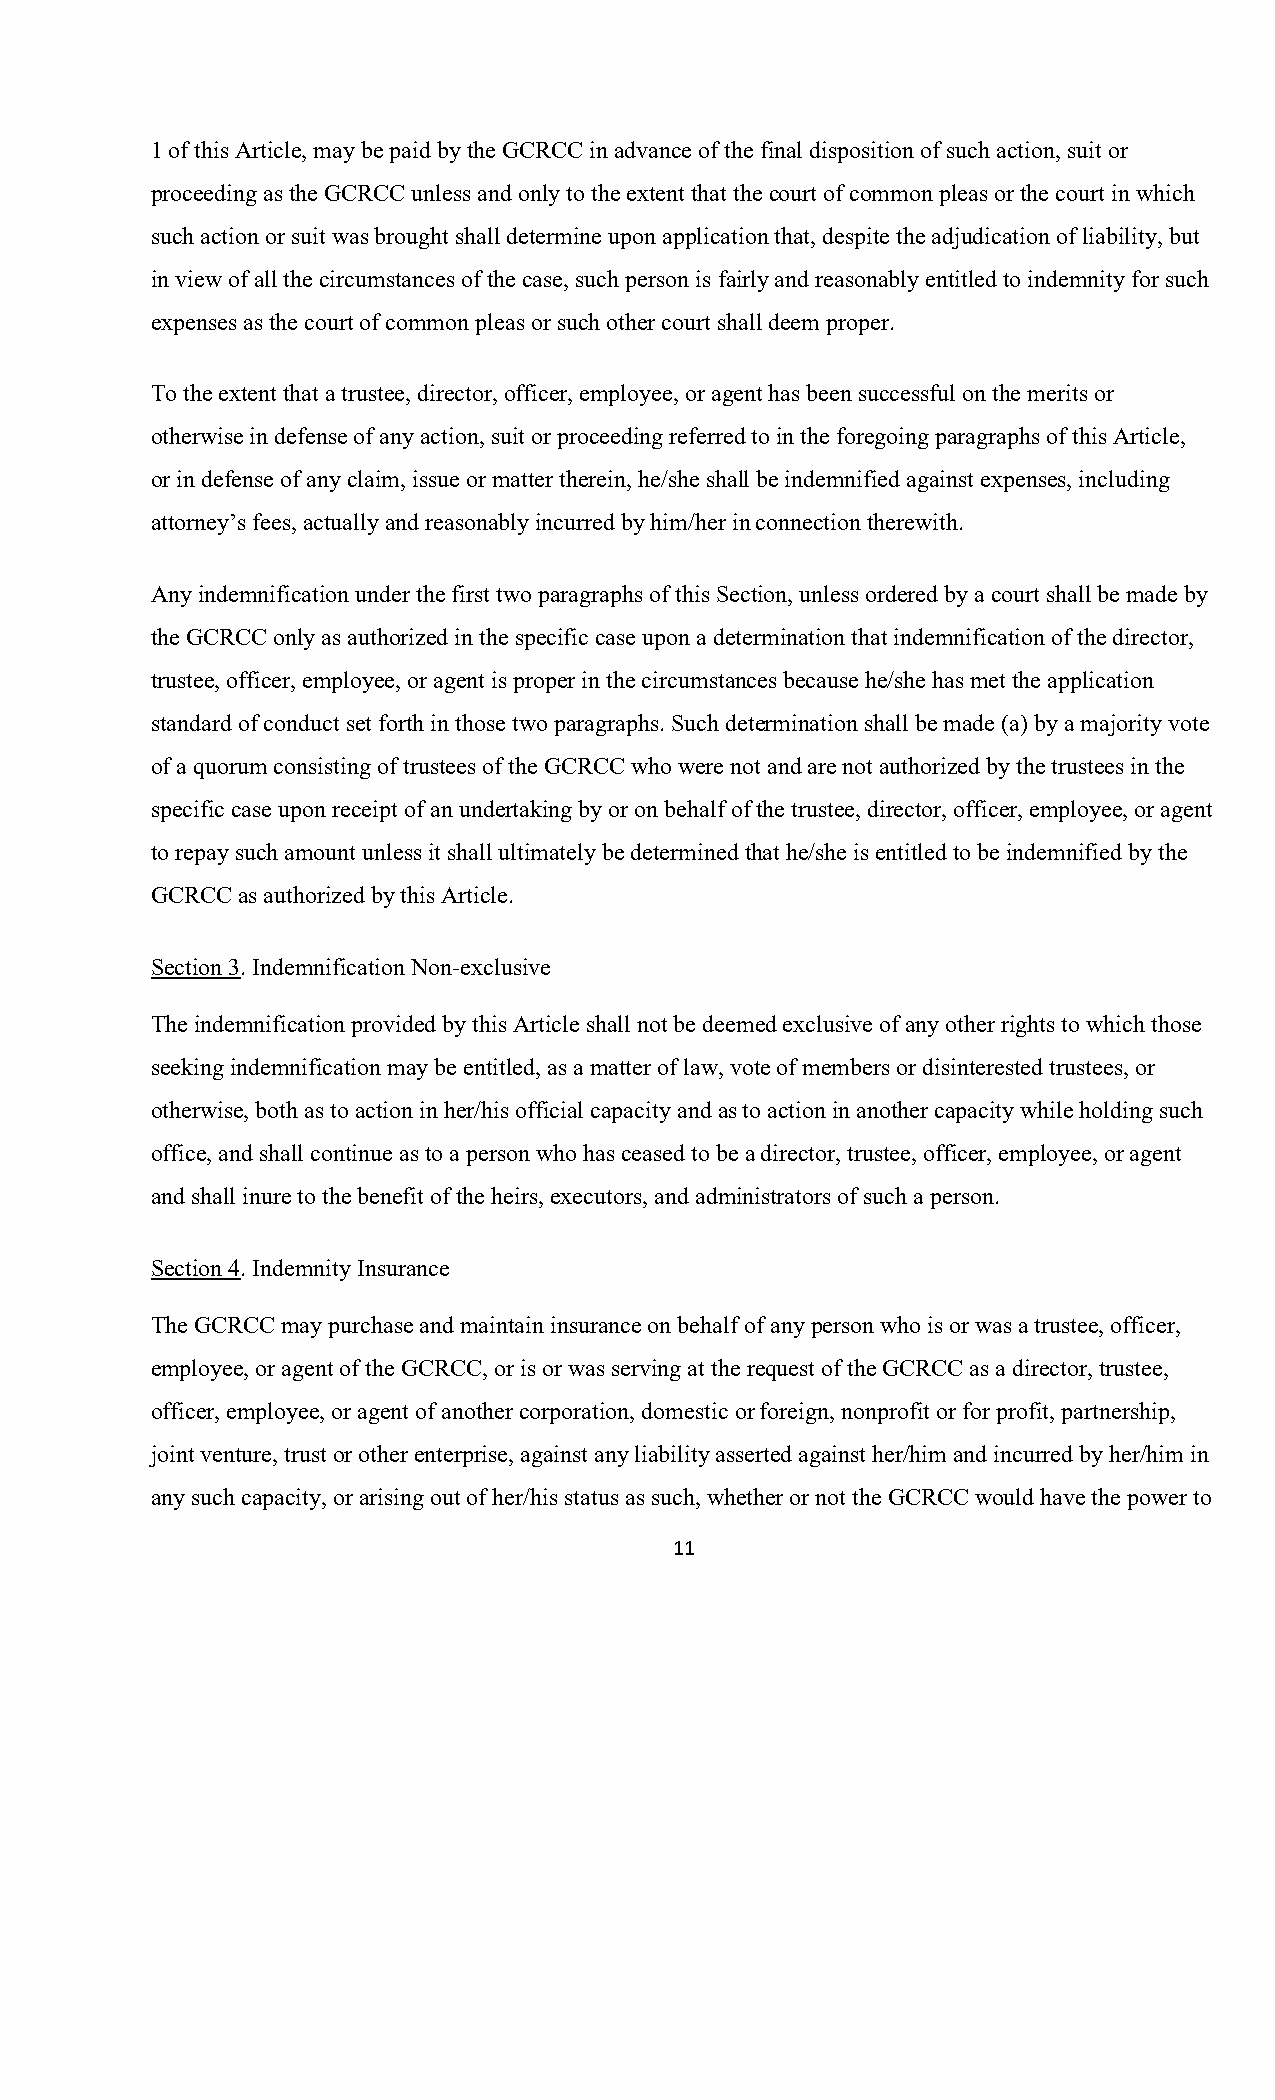
1 of this Article, may be paid by the GCRCC in advance of the final disposition of such action, suit or
 proceeding as the GCRCC unless and only to the extent that the court of common pleas or the court in which
 such action or suit was brought shall determine upon application that, despite the adjudication of liability, but
 in view of all the circumstances of the case, such person is fairly and reasonably entitled to indemnity for such
 expenses as the court of common pleas or such other court shall deem proper.
 To the extent that a trustee, director, officer, employee, or agent has been successful on the merits or
 otherwise in defense of any action, suit or proceeding referred to in the foregoing paragraphs of this Article,
 or in defense of any claim, issue or matter therein, he/she shall be indemnified against expenses, including
 attorney’s fees, actually and reasonably incurred by him/her in connection therewith.
 Any indemnification under the first two paragraphs of this Section, unless ordered by a court shall be made by
 the GCRCC only as authorized in the specific case upon a determination that indemnification of the director,
 trustee, officer, employee, or agent is proper in the circumstances because he/she has met the application
 standard of conduct set forth in those two paragraphs. Such determination shall be made (a) by a majority vote
 of a quorum consisting of trustees of the GCRCC who were not and are not authorized by the trustees in the
 specific case upon receipt of an undertaking by or on behalf of the trustee, director, officer, employee, or agent
 to repay such amount unless it shall ultimately be determined that he/she is entitled to be indemnified by the
 GCRCC as authorized by this Article.
 Section 3. Indemnification Non-exclusive
 The indemnification provided by this Article shall not be deemed exclusive of any other rights to which those
 seeking indemnification may be entitled, as a matter of law, vote of members or disinterested trustees, or
 otherwise, both as to action in her/his official capacity and as to action in another capacity while holding such
 office, and shall continue as to a person who has ceased to be a director, trustee, officer, employee, or agent
 and shall inure to the benefit of the heirs, executors, and administrators of such a person.
 Section 4. Indemnity Insurance
 The GCRCC may purchase and maintain insurance on behalf of any person who is or was a trustee, officer,
 employee, or agent of the GCRCC, or is or was serving at the request of the GCRCC as a director, trustee,
 officer, employee, or agent of another corporation, domestic or foreign, nonprofit or for profit, partnership,
 joint venture, trust or other enterprise, against any liability asserted against her/him and incurred by her/him in
 any such capacity, or arising out of her/his status as such, whether or not the GCRCC would have the power to
 11